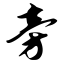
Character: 旁